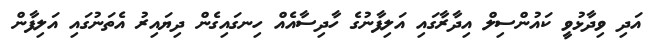
އަދި ވިދާޅުވީ ކައުންސިލް އިދާރާގައި އަލިފާނުގެ ހާދިސާއެއް ހިނގައިގެން ދިޔައިރު އެތަނުގައި އަލިފާން